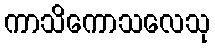
ကာသိကောသလေသု